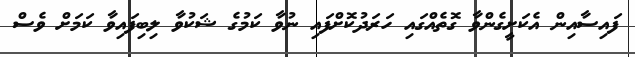
ފައިސާއިން އެކަށީގެންވާ ގޮތެއްގައި ހަރަދުކޮށްފައި ނުވާ ކަމުގެ ޝަކުވާ ލިބިފައިވާ ކަމަށް ވެސް